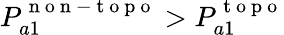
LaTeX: P_{a1}^{\mathrm{~n~o~n~-~t~o~p~o~}}>P_{a1}^{\mathrm{~t~o~p~o~}}